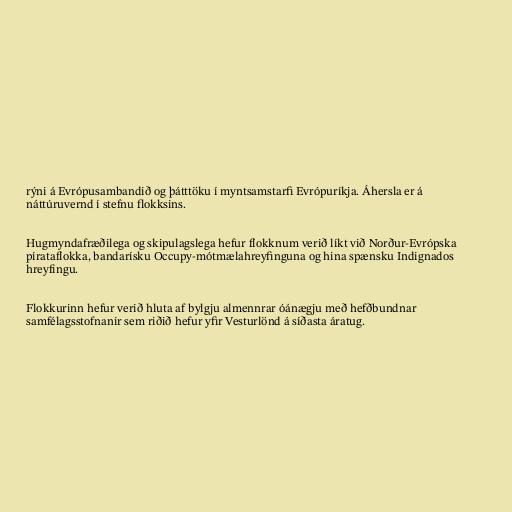
rýni á Evrópusambandið og þátttöku í myntsamstarfi Evrópuríkja. Áhersla er á
náttúruvernd í stefnu flokksins.

Hugmyndafræðilega og skipulagslega hefur flokknum verið líkt við Norður-Evrópska
pírataflokka, bandarísku Occupy-mótmælahreyfinguna og hina spænsku Indignados
hreyfingu.

Flokkurinn hefur verið hluta af bylgju almennrar óánægju með hefðbundnar
samfélagsstofnanir sem riðið hefur yfir Vesturlönd á síðasta áratug.